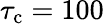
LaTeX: \tau_{\mathrm{c}}=100